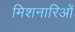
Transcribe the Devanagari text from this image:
मिशनारिओं